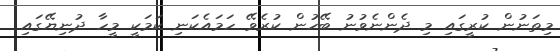
މިތަނުން ކުރީގައި މި ދެންނެވުނު ބޭހުން ކުރެވޭ ހަމައެކަނި ކަމަކީ މީހާ ދުނިޔޭގައި